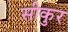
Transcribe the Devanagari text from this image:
सीकुर